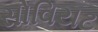
સોવિયટ